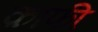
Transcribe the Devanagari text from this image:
क़ाफी